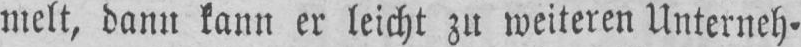
melt, dann kann er leicht zu weiteren Unterneh⸗